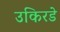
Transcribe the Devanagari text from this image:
उकिरडे